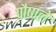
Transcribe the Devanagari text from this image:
पौषाले